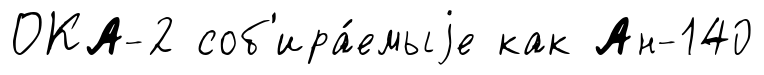
ОКА-2 соб'ира́емыjе как Ан-140